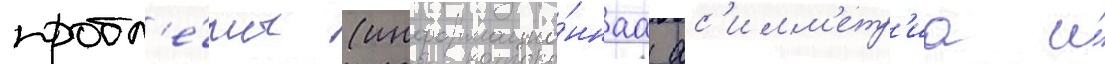
пробл'е́мы (информацио́ннаа ас'имм'етр'иа и́